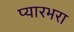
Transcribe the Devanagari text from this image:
प्यारभरा